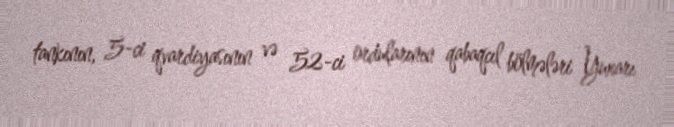
tankının, 5-ci qvardiyasının və 52-ci ordularının qabaqcıl bölmələri Yuxarı